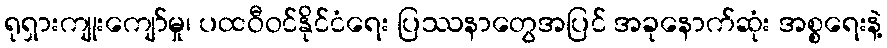
ရုရှားကျုးကျော်မှု၊ ပထဝီဝင်နိုင်ငံရေး ပြဿနာတွေအပြင် အခုနောက်ဆုံး အစ္စရေးနဲ့